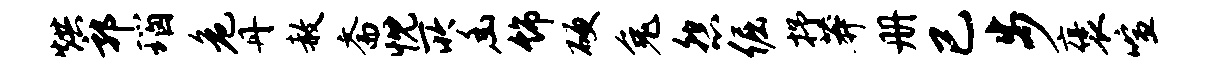
烘郭瑙危丹赦斋忱所幽饰硬兔怨倔抒莽册已步褒喧